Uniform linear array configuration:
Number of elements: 64
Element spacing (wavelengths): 0.5
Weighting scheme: exponential
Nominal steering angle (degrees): -15
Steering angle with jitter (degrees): -15.363
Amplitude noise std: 0.05
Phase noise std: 0.05

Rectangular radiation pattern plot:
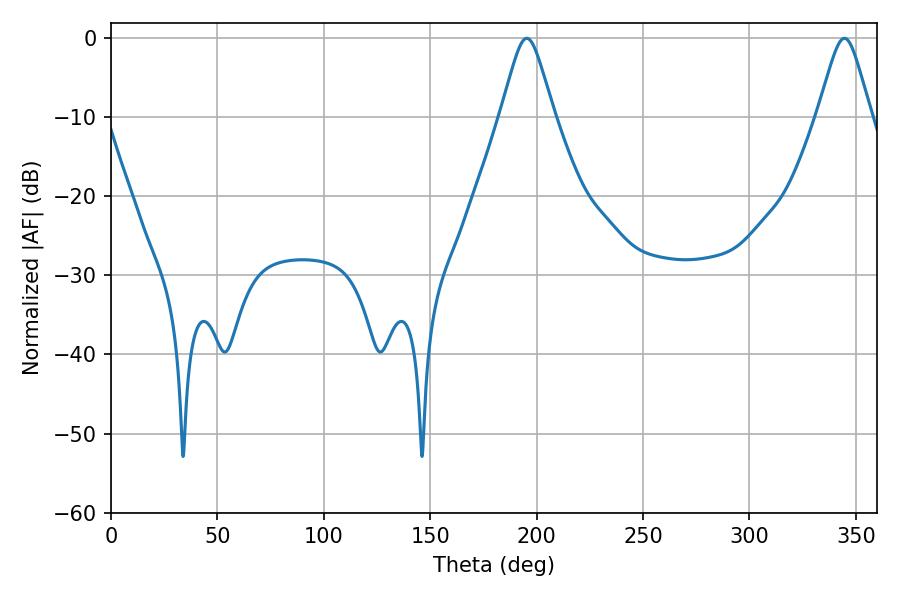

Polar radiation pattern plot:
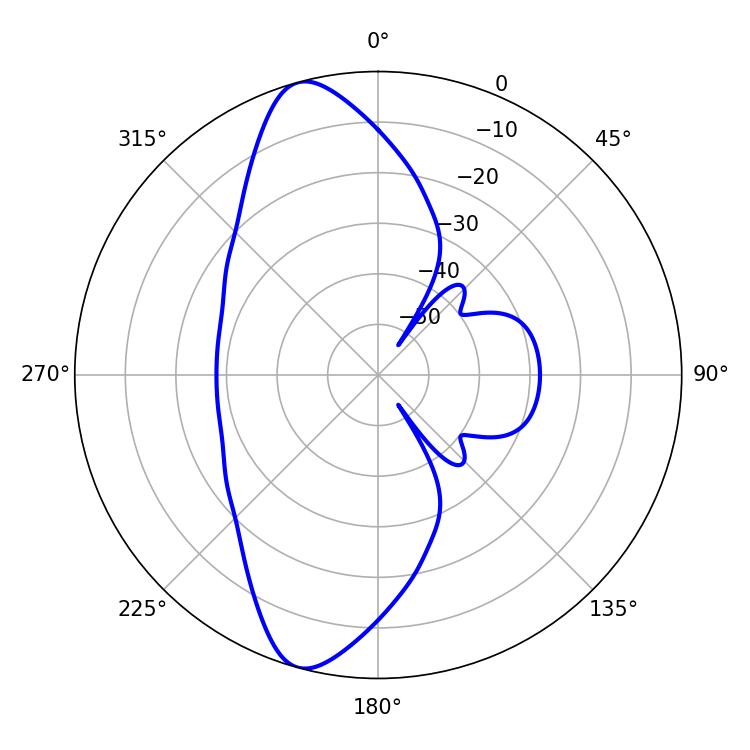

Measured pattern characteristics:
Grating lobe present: FALSE
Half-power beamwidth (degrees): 11.88
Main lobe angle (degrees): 344.7